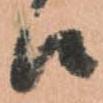
候